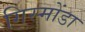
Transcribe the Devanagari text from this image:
गिस्मोंडा